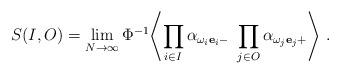
LaTeX: \begin{align*}S(I,O) = \lim_{N \to\infty} \Phi^{-1} \Biggl\langle \prod_{i \in I} \alpha_{{\omega_i{\bf e}_i}-} \ \prod_{j \in O} \alpha_{{\omega_j{\bf e}_j}+} \Biggr\rangle\ . \end{align*}